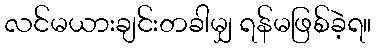
လင်မယားချင်းတခါမျှ ရန်မဖြစ်ခဲ့ရ။